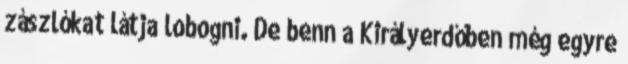
zászlókat látja lobogni. De benn a Királyerdőben még egyre